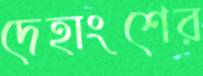
দেহাংশের